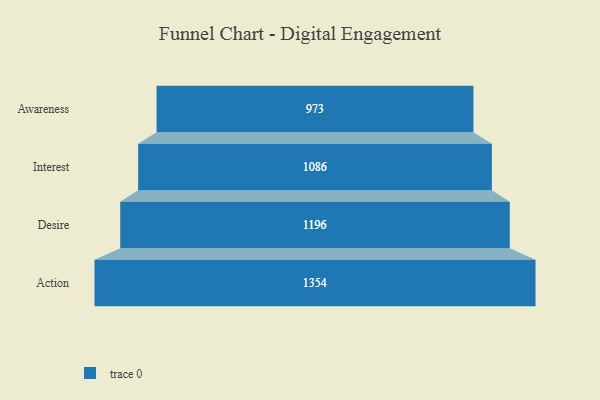
{"axis": {"x": "Stage", "y": "Value"}, "legend": [""], "data": [{"x": "Awareness", "y": 973.0, "type": ""}, {"x": "Interest", "y": 1086.0, "type": ""}, {"x": "Desire", "y": 1196.0, "type": ""}, {"x": "Action", "y": 1354.0, "type": ""}]}